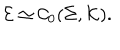
\mathcal E \simeq { \mathcal C } _ { 0 } ( \Sigma , \mathcal K ) .